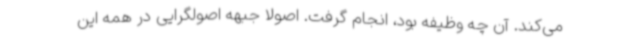
می‌کند. آن چه وظیفه بود، انجام گرفت. اصولا جبهه اصولگرایی در همه این